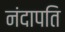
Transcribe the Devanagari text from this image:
नंदापति